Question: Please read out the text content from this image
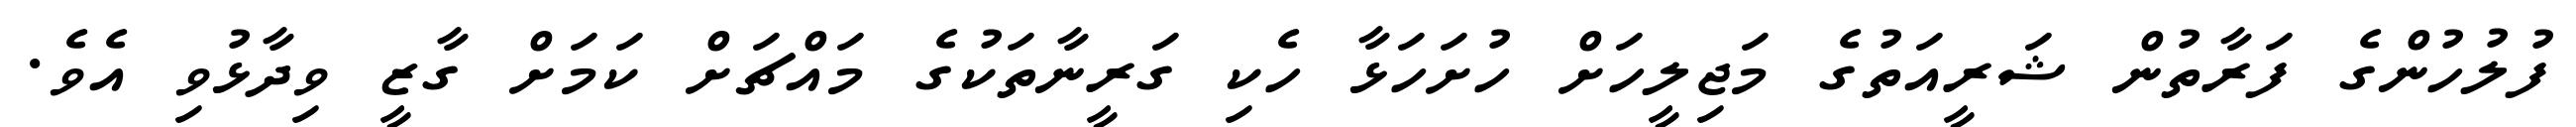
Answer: ފުލުހުންގެ ފަރާތުން ޝަރީއަތުގެ މަޖިލީހަށް ހުށަހަޅާ ހެކި ގަރީނާތަކުގެ މައްޗަށް ކަމަށް ގާޒީ ވިދާޅުވި އެވެ.